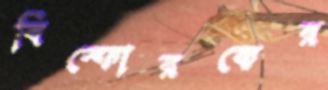
বিস্ফোরকের